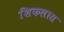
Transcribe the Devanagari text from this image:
शिकलास